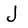
Character: J